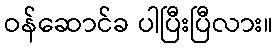
ဝန်ဆောင်ခ ပါပြီးပြီလား။